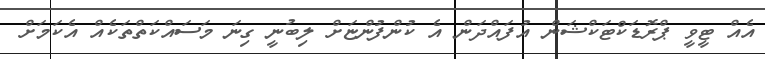
އެއް ޓީވީ ޕްރޮޑަކްޓަކްޝަން އުފައްދަން އެ ކުންފުންޏަށް ލިބުނީ ގިނަ މަސައްކަތްތަކެއް އެކަމަށް